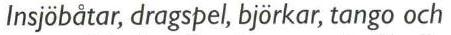
Insjöbåtar, dragspel, björkar, tango och